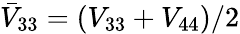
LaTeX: \bar{V}_{33}=(V_{33}+V_{44})/2